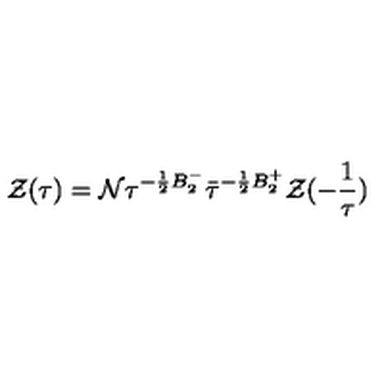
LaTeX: { \cal { Z } } ( \tau { } ) = { \cal N } \tau ^ { - \frac { 1 } { 2 } B _ { 2 } ^ { - } } \bar { \tau } ^ { - \frac { 1 } { 2 } B _ { 2 } ^ { + } } { \cal { Z } } ( - \frac { 1 } { \tau } )